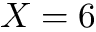
X = 6